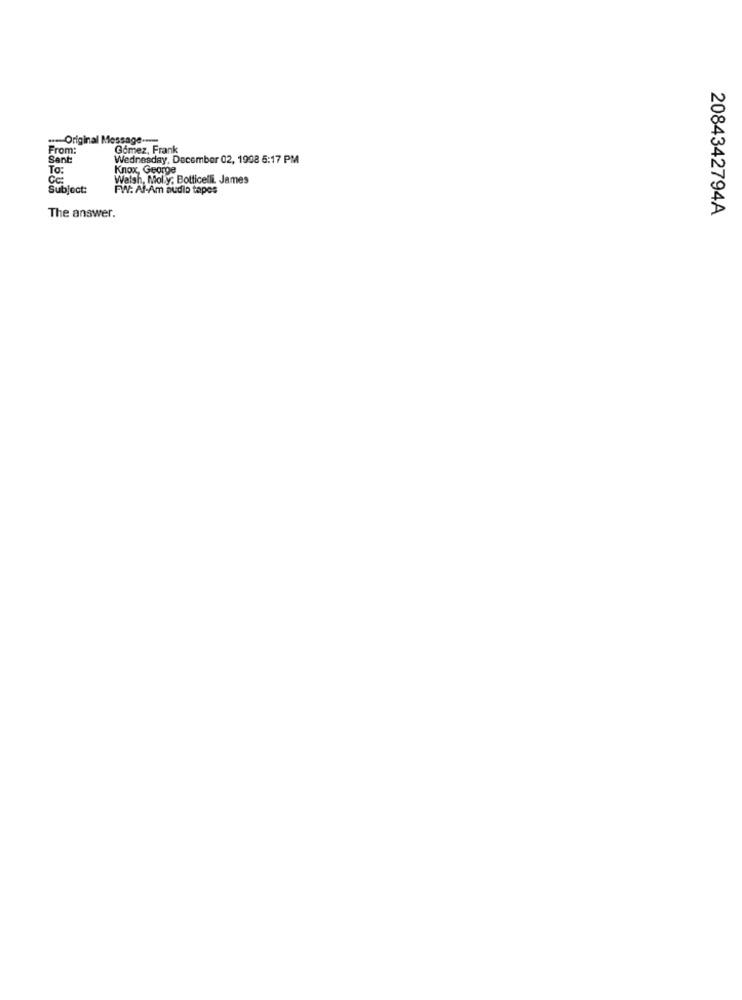
--- Original Message ---
From:
Gomez, Frank
Sant
Wednesday, December 02, 1998 5:17 PM
To:
Knox, George
Cc:
Walsh, Molly; Botticelli. James
Subject:
FW: Al-Am audio tapes
2084342794A
The answer.